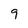
Character: 9